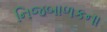
નિજબાળકના